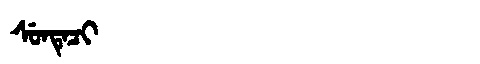
Manchu: ᠰᡠᠨᡨᡝᠴᡳ
Romanization: SUNTECI